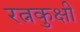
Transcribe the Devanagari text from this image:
रत्नकुक्षी